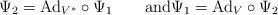
LaTeX: \begin{align*} \Psi_2=\mathrm{Ad}_{V^*}\circ\Psi_1 \qquad\mbox{and} \Psi_1=\mathrm{Ad}_{V}\circ\Psi_2 \end{align*}